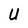
Character: U